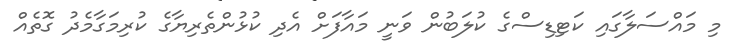
މި މައްސަލާގައި ކަޓިޑިސްގެ ކުލަބުން ވަނީ މައާފަށް އެދި ކުޅުންތެރިޔާގެ ކުރިމަގާމެދު ގޮތެއް